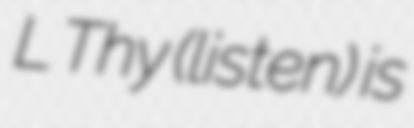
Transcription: Lệ Thủy (listen) is